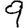
Digit: 9